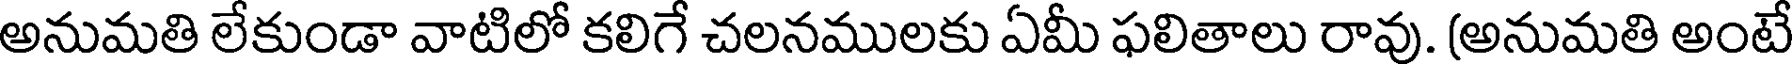
అనుమతి లేకుండా వాటిలో కలిగే చలనములకు ఏమీ ఫలితాలు రావు. (అనుమతి అంటే